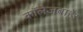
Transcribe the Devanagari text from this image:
कॉलेजबाहेर